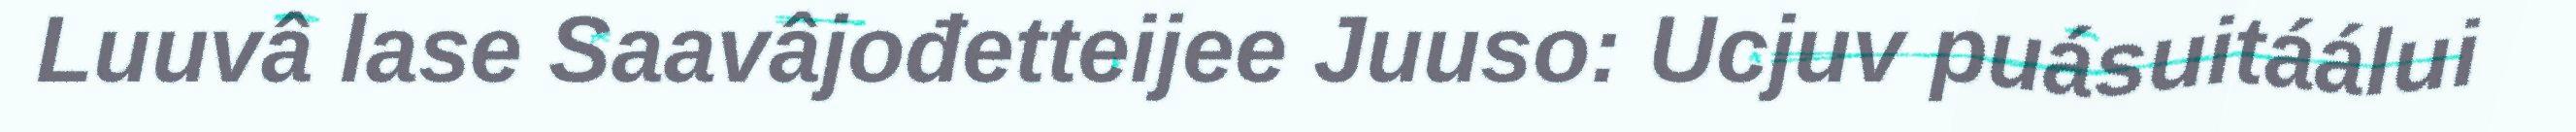
Luuvâ lase Saavâjođetteijee Juuso: Ucjuv puásuitáálui